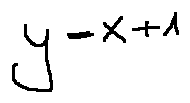
y = x + 1